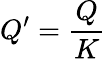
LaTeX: Q^{\prime}={\frac{Q}{K}}